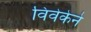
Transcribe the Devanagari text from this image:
विवेकेने